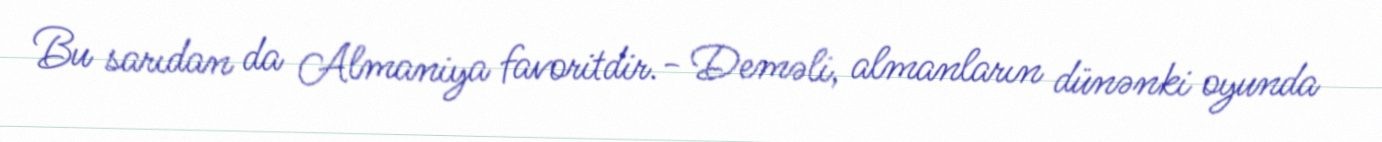
Bu sarıdan da Almaniya favoritdir.- Deməli, almanların dünənki oyunda